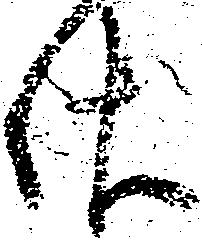
佐